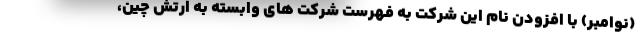
(نوامبر) با افزودن نام این شرکت به فهرست شرکت های وابسته به ارتش چین،